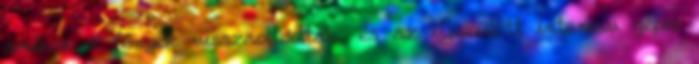
amikor a fények visszaoltódtak, és az újszülött intenzív gépei